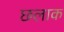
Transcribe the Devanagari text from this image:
छलाक